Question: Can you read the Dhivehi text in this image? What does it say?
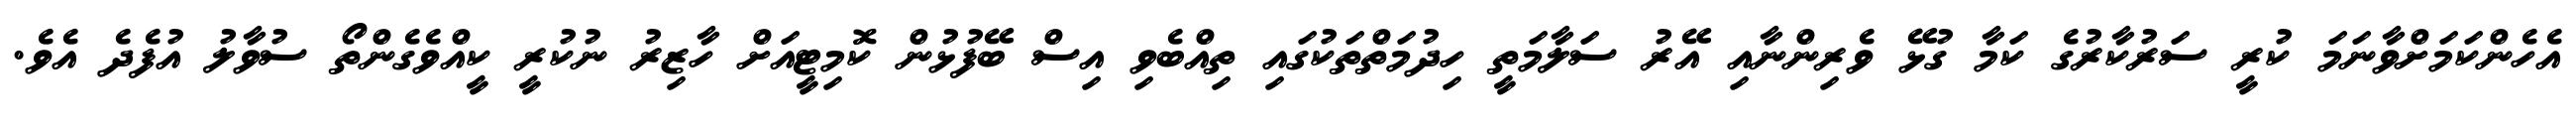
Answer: އެހެންކަމަށްވާނަމަ ކުރީ ސަރުކާރުގެ ކަމާ ގުޅޭ ވެރިންނާއި އޭރު ސަލާމަތީ ހިދުމަތްތަކުގައި ތިއްބެވި އިސް ބޭފުޅުން ކޮމިޓީއަށް ހާޒިރު ނުކުރީ ކީއްވެގެންތޯ ސުވާލު އުފެދެ އެވެ.